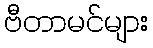
ဗီတာမင်များ